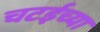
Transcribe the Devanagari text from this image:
चटईच्या